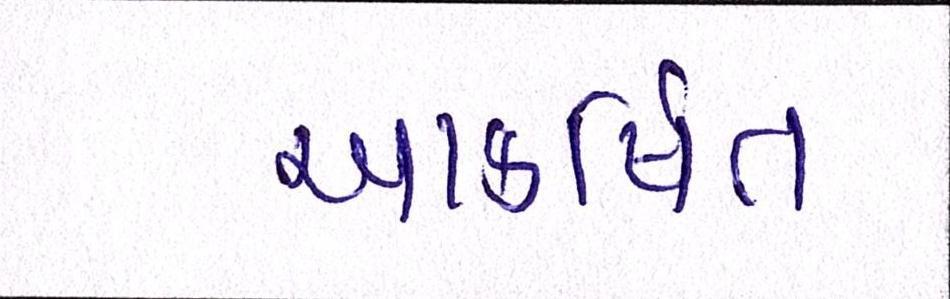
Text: આકર્ષિત